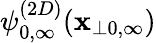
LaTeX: \psi_{0,\infty}^{(2D)}(\mathbf{x}_{\perp0,\infty})